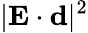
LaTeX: |{\mathbf E}\cdot{\mathbf d}|^{2}